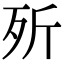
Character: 歽